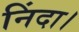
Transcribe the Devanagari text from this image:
निंदा।